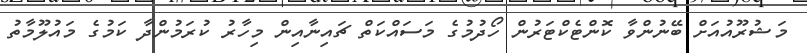
މަޝުރޫއުއަށް ބޭނުންވާ ކޮންޓެކްޓަރުން ހޯދުމުގެ މަސައްކަތް ޗައިނާއިން މިހާރު ކުރަމުންދާ ކަމުގެ މައުލޫމާތު